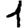
Digit: 1